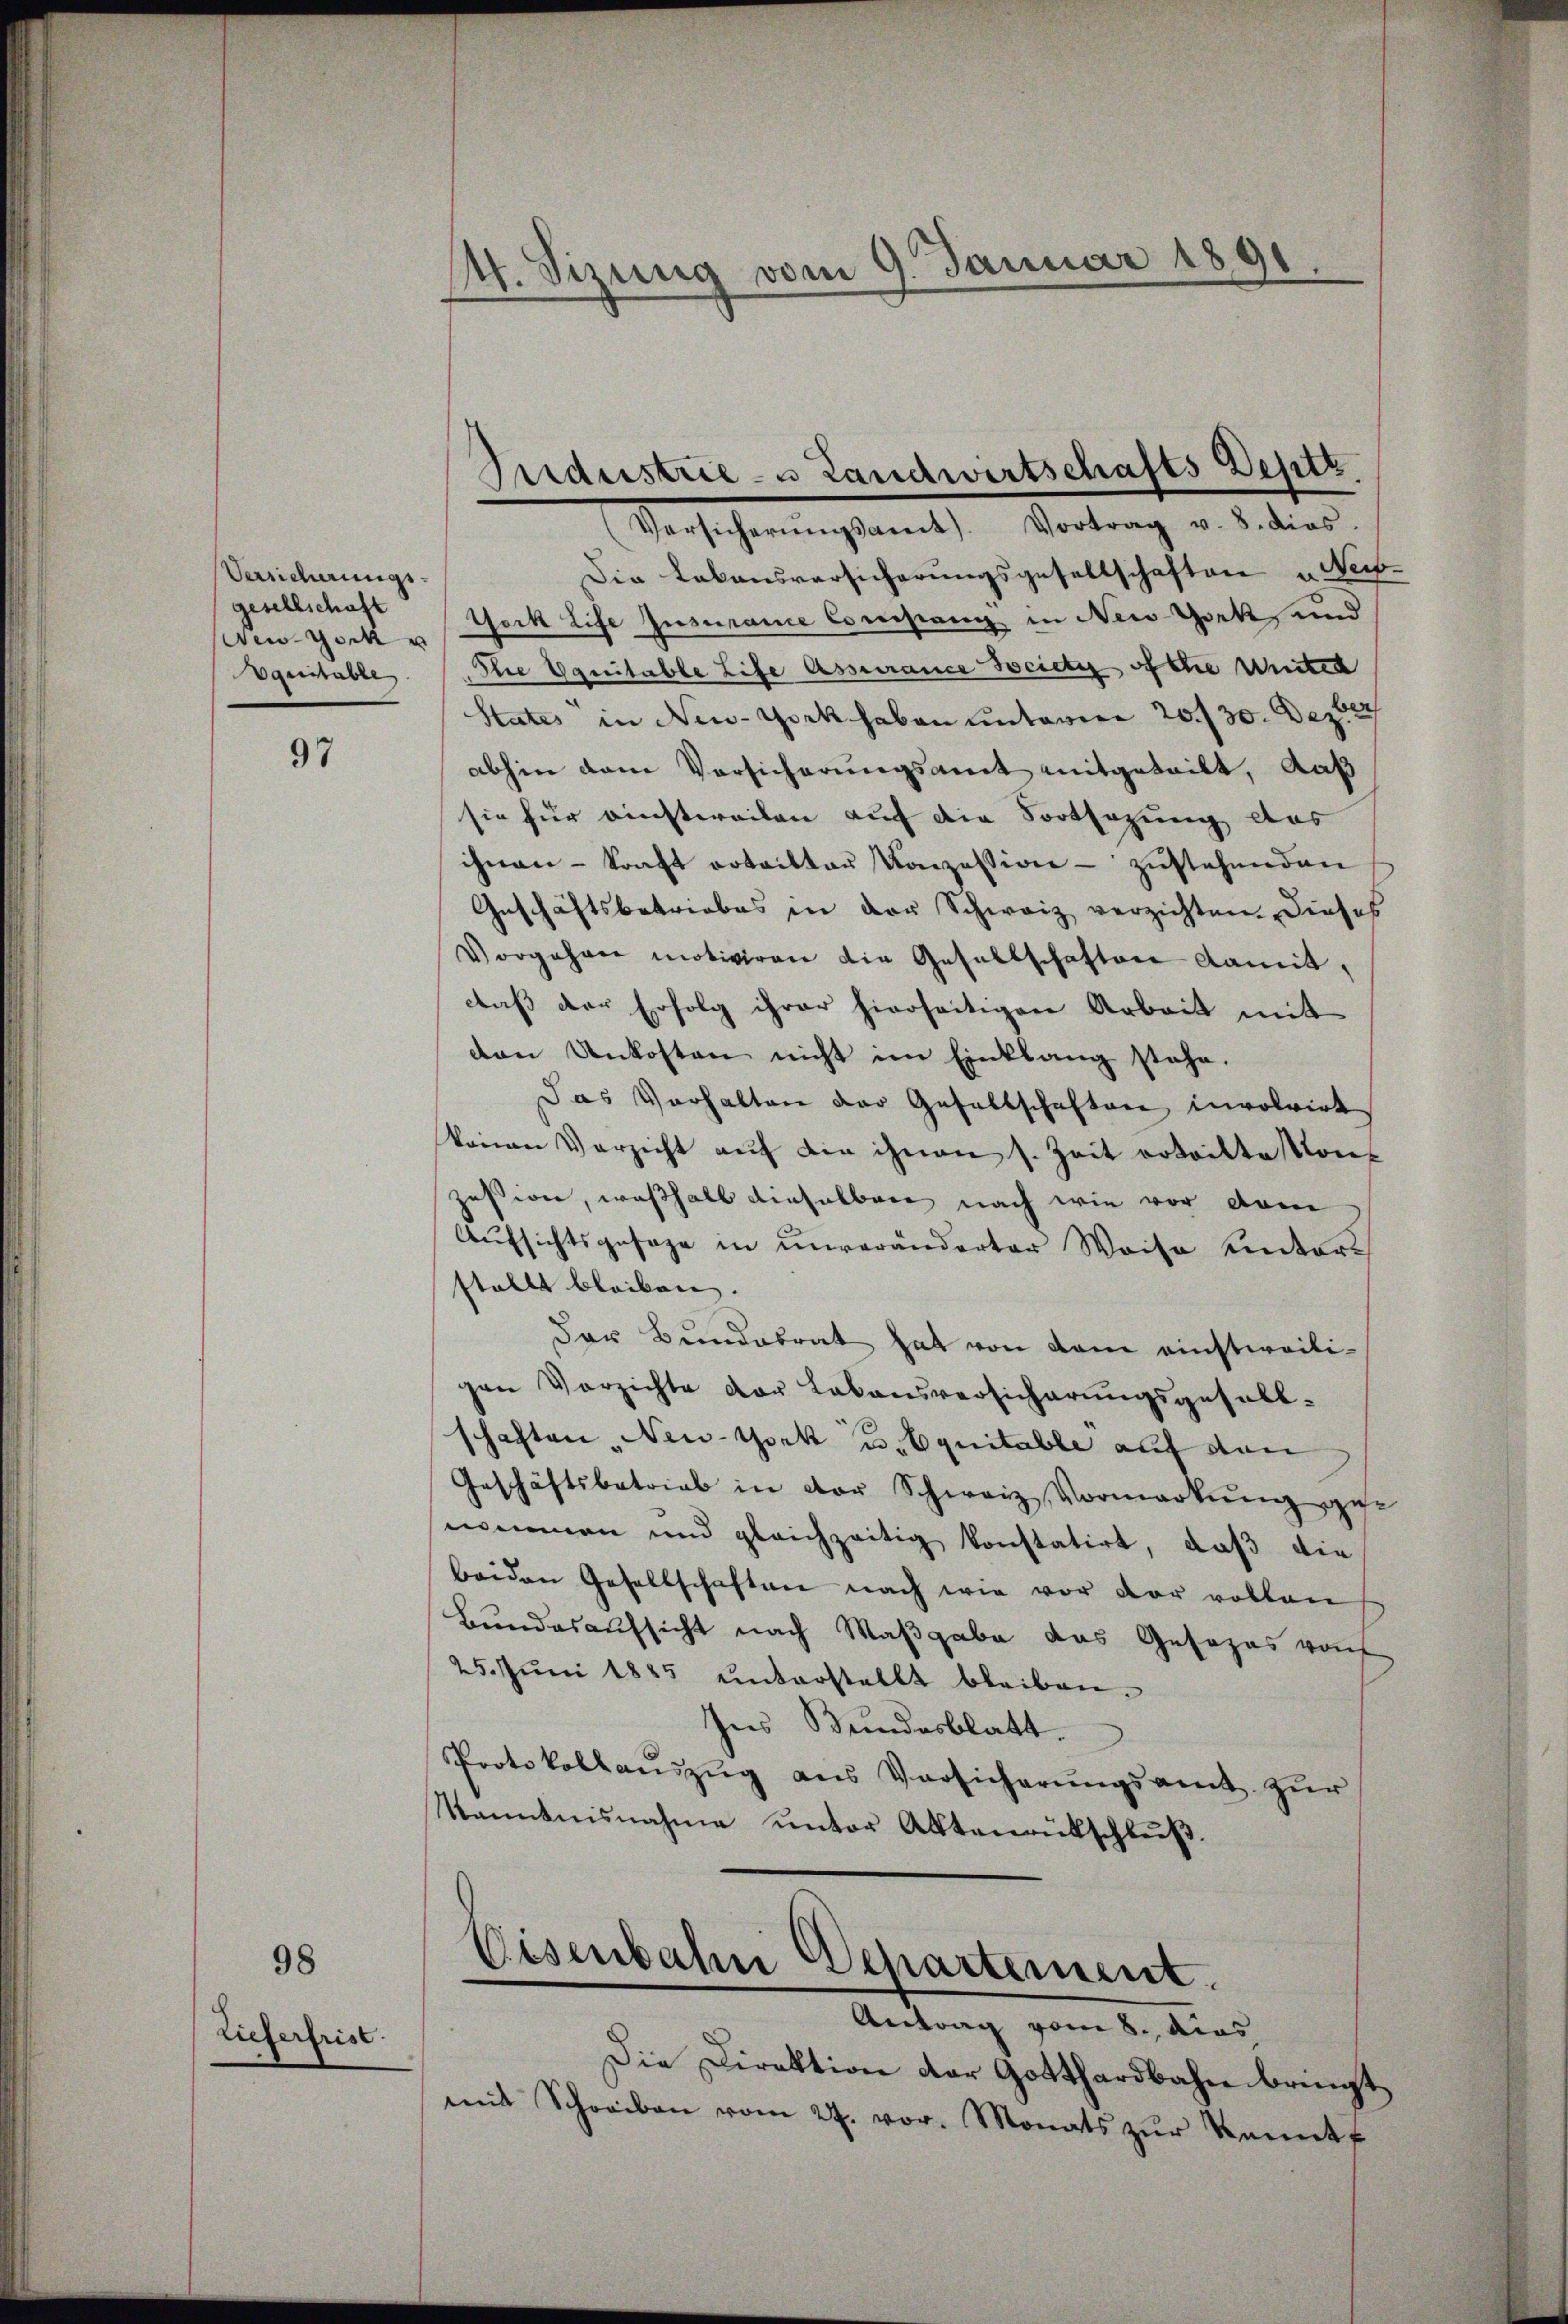
Versicherungs-
gesellschaft
Ain York u
Aquitable

98

97

lieferfrist.

4. Sizung vom 9. Januar 1891

Versicherŭngsamt. Vortrag v. 8. dies
Die Lebensversicherungsgesellschaften u. es
York Life Insurance Consang in New-York, und
Die Equitable Life Assurance Society of the Unter
States in New-York haben unterere 20 f 30. Dezbr
abhin dem Versicherungsamt mitgeteilt, daß
sie für einstweilen auf die Fortsezung das
ihnen - kraft erteilten Konzession - zustehenden
Geschäftsbetriebes in der Schweiz verzichten. Dieses
Vorgehren motiviren die Gesellschaften damit,
daß der Erfolg ihrer hierseitigen Arbeit mit
den Unkosten nicht im Einklang stehe.
Das Verhalten der Gesellschaften involvirt
könen Verzicht aŭf die ihnen s. Zeit erteilte Konf
zesion, weßhalb dieselben nach wie vor dem
Aufsichtsgesage in unveränderter Weise unters
stellt bleiben.
Der Bundesrat hat von dem einstweiligen Verzichte der Lebensversicherungsgesell-
schaften New-York u. Equitable auf den
Geschäftsbetrieb in der Schweiz, Vormerkŭng ge-
nommen und gleichzeitig konstatirt, daß die
beiden Gesellschaften nach wie vor der vollen
Bundesaufsicht nach Maβgabe das Gesezes von
25. Juni 1885 unterstellt bleiben.
Ines Bundesblatt.
Protokollanzŭg aŭs Versicherŭngsamt zŭr
Kanntnisnahme unter Aktenrütschluß.
Eisenbahn Departement.
Antrag vom 8. dies
Die Direktion der Gotthardbahn bringt,
mit Schreiben vom 27. vor. Monats zŭr kannt f

Industrie- u Landwirtschafts Deste